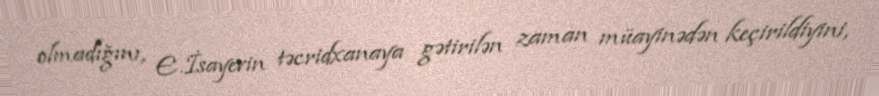
olmadığını, E.İsayevin təcridxanaya gətirilən zaman müayinədən keçirildiyini,